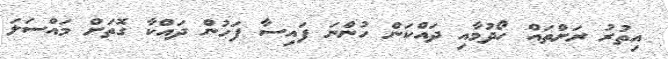
އިތުރު ރަށްތައް ހޯދުމާއި ދައްކަން ހުންނަ ފައިސާ ފަހުން ދައްކާ ގޮތަށް މައްސަަލަ